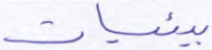
بيئيات